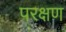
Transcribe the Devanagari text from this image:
परक्षण